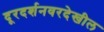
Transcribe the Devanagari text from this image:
दूरदर्शनवरदेखील